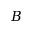
B